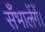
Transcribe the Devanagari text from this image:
सँभालेंगें।